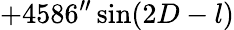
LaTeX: +4586^{\prime\prime}\sin(2D-l)